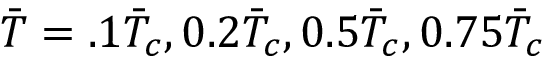
\Bar { T } = . 1 \Bar { T } _ { c } , 0 . 2 \Bar { T } _ { c } , 0 . 5 \Bar { T } _ { c } , 0 . 7 5 \Bar { T } _ { c }